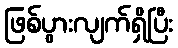
ဖြစ်ပွားလျက်ရှိပြီး